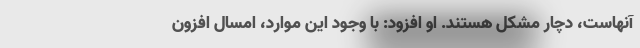
آنهاست، دچار مشکل هستند. او افزود: با وجود این موارد، امسال افزون